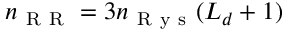
n _ { \mathrm { ~ R ~ R ~ } } = 3 n _ { \mathrm { ~ R ~ y ~ s ~ } } ( L _ { d } + 1 )